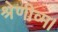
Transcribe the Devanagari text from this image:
श्रेणीव्म।